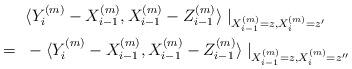
LaTeX: \begin{align*}&\langle Y_i^{(m)}-X_{i-1}^{(m)},X_{i-1}^{(m)}-Z_{i-1}^{(m)}\rangle\mid_{X_{i-1}^{(m)}=z, X_i^{(m)}=z'}\\=~&-\langle Y_i^{(m)}-X_{i-1}^{(m)},X_{i-1}^{(m)}-Z_{i-1}^{(m)}\rangle\mid_{X_{i-1}^{(m)}=z, X_i^{(m)}=z''}\end{align*}